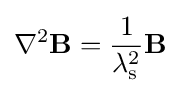
\nabla ^{2}\mathbf {B} ={\frac {1}{\lambda _{\rm {s}}^{2}}}\mathbf {B}